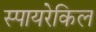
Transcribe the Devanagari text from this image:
स्पायरेकिल